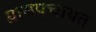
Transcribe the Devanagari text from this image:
ग्रामपचायत